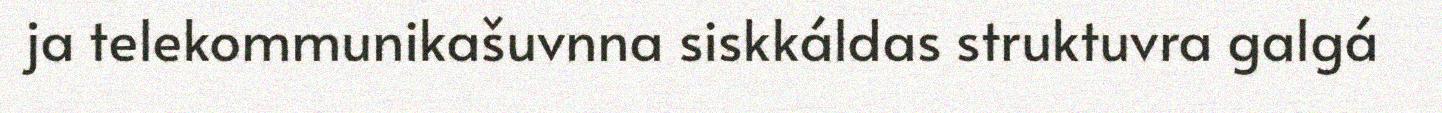
ja telekommunikašuvnna siskkáldas struktuvra galgá